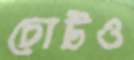
চোটও